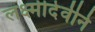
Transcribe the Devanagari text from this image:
लक्ष्मीदेवीने